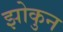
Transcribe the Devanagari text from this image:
झोकुन